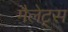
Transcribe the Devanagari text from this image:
मैलेट्स